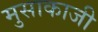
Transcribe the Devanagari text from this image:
मुसाकाजी